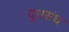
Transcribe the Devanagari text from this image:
दूधसंघ